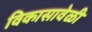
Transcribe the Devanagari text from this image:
विकासावेळी